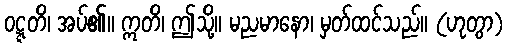
ဝဋ္ဋတိ၊ အပ်၏။ ဣတိ၊ ဤသို့။ မညမာနော၊ မှတ်ထင်သည်။ (ဟုတွာ)